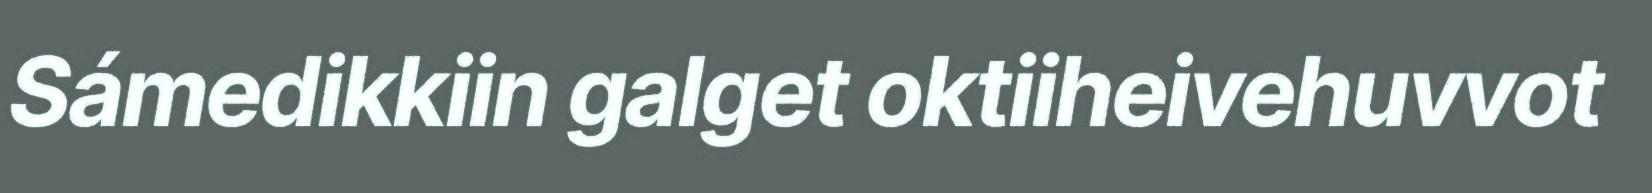
Sámedikkiin galget oktiiheivehuvvot